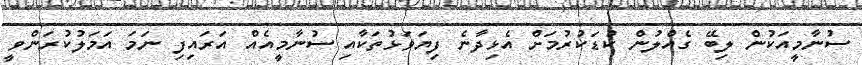
ސުނާމީއަކުން ލިބޭ ގެއްލުން ކުޑަކުރުމަށް އެޅިދާނެ ފިޔަވަޅުތަކާއި ސުނާމީއެއް އަރައިފި ނަމަ އަމަލުކުރަންވީ